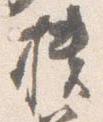
櫃